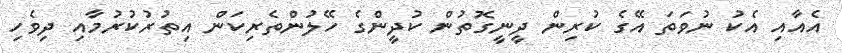
އެއާއި އެކު ނުވަތަ އޭގެ ކުރިން ދީނީގޮތުން ކުދީންގެ ހޭލުންތެރިކަން އިތުރުކުރުމާއި ދިވެހި